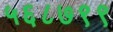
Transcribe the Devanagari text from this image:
५६८७९९